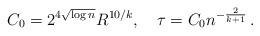
LaTeX: \begin{align*} C_0= 2^{4\sqrt{\log n}}R^{10/k} , \quad \tau = C_0n^{-\frac{2}{k+1}}\,.\end{align*}